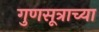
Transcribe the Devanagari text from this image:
गुणसूत्राच्या